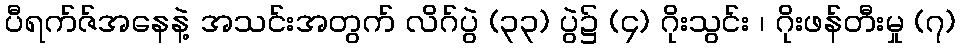
ပီရက်ဇ်အနေနဲ့ အသင်းအတွက် လိဂ်ပွဲ (၃၃) ပွဲ၌ (၄) ဂိုးသွင်း ၊ ဂိုးဖန်တီးမှု (၇)